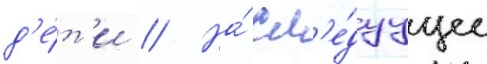
д'е́т'и // На́ сл'е́дуущее